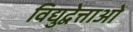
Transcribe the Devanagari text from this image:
विद्युद्वेत्ताओं